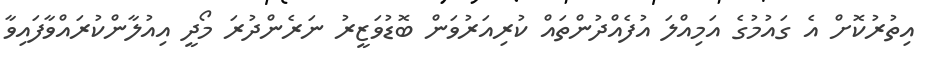
އިތުރުކޮށް އެ ގައުމުގެ އަމިއްލަ އުފެއްދުންތައް ކުރިއަރުވަން ބޮޑުވަޒީރު ނަރެންދުރަ މޯދީ އިއުލާންކުރައްވާފައިވާ